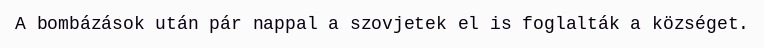
A bombázások után pár nappal a szovjetek el is foglalták a községet.